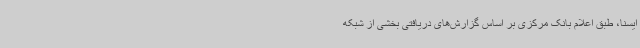
ایسنا، طبق اعلام بانک مرکزی بر اساس گزارش‌های دریافتی بخشی از شبکه